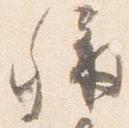
称